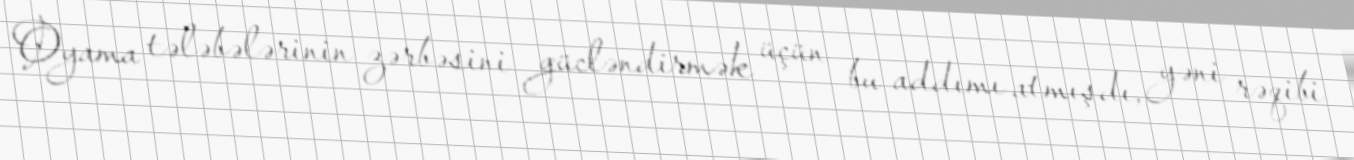
Oyama tələbələrinin zərbəsini gücləndirmək üçün bu addımı atmışdı, yəni rəqibi